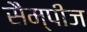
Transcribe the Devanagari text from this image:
सैम्पीज